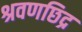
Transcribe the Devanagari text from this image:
श्रवणछिद्र